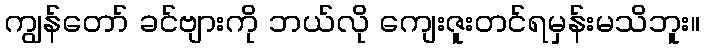
ကျွန်တော် ခင်ဗျားကို ဘယ်လို ကျေးဇူးတင်ရမှန်းမသိဘူး။